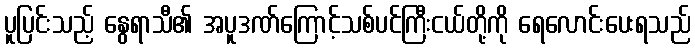
ပူပြင်းသည့် နွေရာသီ၏ အပူဒဏ်ကြောင့်သစ်ပင်ကြီးငယ်တို့ကို ရေလောင်းပေးရသည်